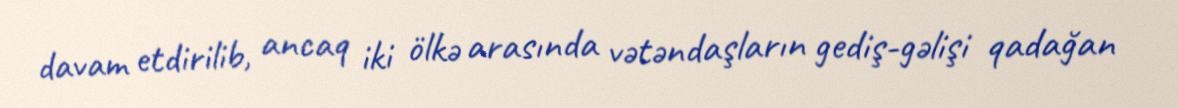
davam etdirilib, ancaq iki ölkə arasında vətəndaşların gediş-gəlişi qadağan